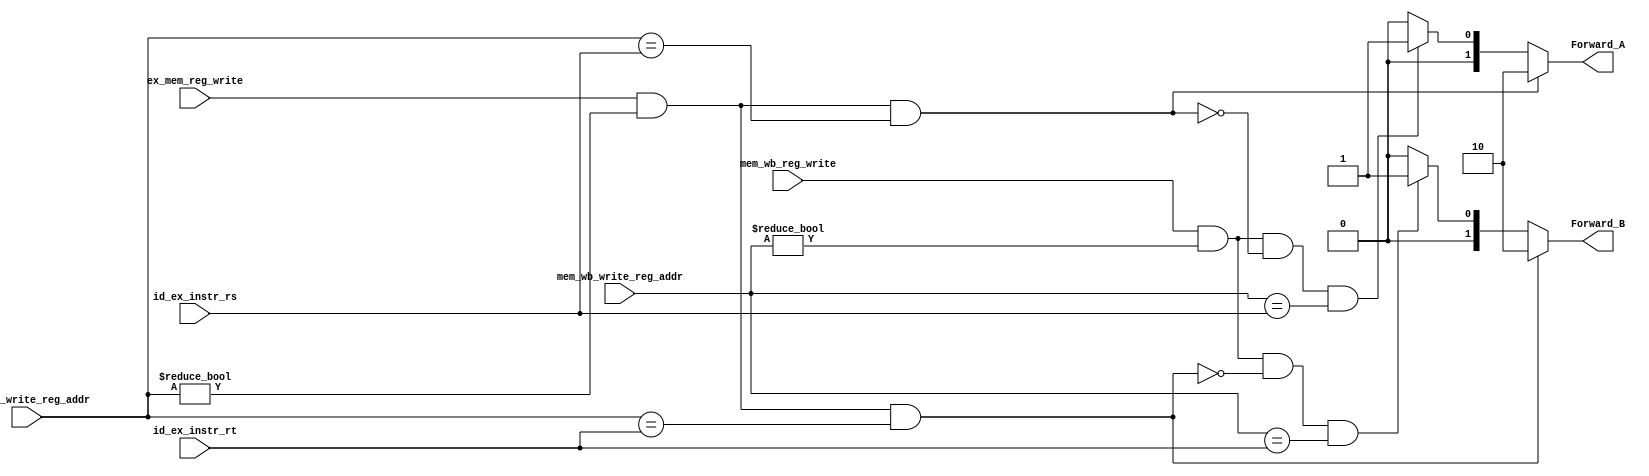
`timescale 1ns / 1ps


    module EX_Forwarding_unit(
    input ex_mem_reg_write,
    input [4:0] ex_mem_write_reg_addr,
    input [4:0] id_ex_instr_rs,
    input [4:0] id_ex_instr_rt,
    input mem_wb_reg_write,
    input [4:0] mem_wb_write_reg_addr,
    output reg [1:0] Forward_A,
    output reg [1:0] Forward_B
    );
    
    always @(*)  
    begin
    	// Write your code here that calculates the values of Forward_A and Forward_B
        if ((ex_mem_reg_write == 1'b1) & (ex_mem_write_reg_addr != 5'b00000) & (ex_mem_write_reg_addr == id_ex_instr_rs)) begin
            Forward_A = 2'b10;
        end
        
        else if ((mem_wb_reg_write == 1'b1) & (mem_wb_write_reg_addr != 5'b00000) & ~((ex_mem_reg_write == 1'b1)& (ex_mem_write_reg_addr != 5'b00000) 
        & (ex_mem_write_reg_addr == id_ex_instr_rs)) & (mem_wb_write_reg_addr == id_ex_instr_rs)) begin
            Forward_A = 2'b01;
        end
        
        else begin
            Forward_A = 2'b00;
        end
        
        if ((ex_mem_reg_write == 1'b1) & (ex_mem_write_reg_addr != 5'b00000) & (ex_mem_write_reg_addr == id_ex_instr_rt)) begin
            Forward_B = 2'b10;
        end
        else if ((mem_wb_reg_write == 1'b1) & (mem_wb_write_reg_addr != 5'b00000) & ~((ex_mem_reg_write == 1'b1) & (ex_mem_write_reg_addr != 5'b00000) 
        & (ex_mem_write_reg_addr == id_ex_instr_rt)) & (mem_wb_write_reg_addr == id_ex_instr_rt)) begin
            Forward_B = 2'b01;
        end
        
        else begin
            Forward_B = 2'b00;
        end
        
    end 

endmodule